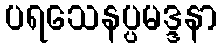
ပရသေနပ္ပမဒ္ဒနာ